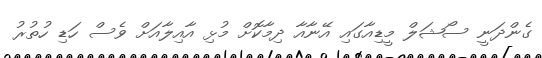
ގެންދަނީ ސޯޝަލް މީޑިއާގައި އޭނާއާ ދިމާކޮށް މުޅި އާއިލާއަށް ވެސް ހަޑި ހުތުރު